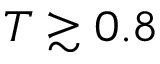
T \gtrsim 0 . 8